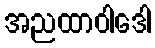
အညထာဝါဒေါ